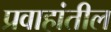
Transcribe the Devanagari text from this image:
प्रवाहांतील